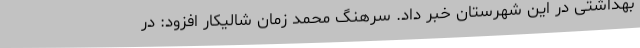
بهداشتی در این شهرستان خبر داد. سرهنگ محمد زمان شالیکار افزود: در